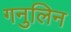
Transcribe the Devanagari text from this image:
गनुलिन